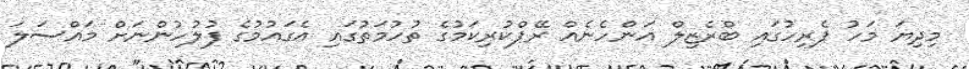
މިދިޔަ މަހު ޕެރިހުގައި ބްރެޒިލް އަންހެނެއް ރޭޕްކުރިކަމުގެ ތުހުމަތުގައި އެގައުމުގެ ފުލުހުންނަށް މައްސަލަ